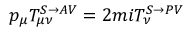
p _ { \mu } T _ { \mu \nu } ^ { S \rightarrow A V } = 2 m i T _ { \nu } ^ { S \rightarrow P V }